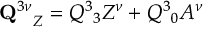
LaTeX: { { \bf Q } ^ { 3 \nu } } _ { Z } = Q ^ { 3 } { } _ { 3 } Z ^ { \nu } + Q ^ { 3 } { } _ { 0 } A ^ { \nu }